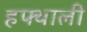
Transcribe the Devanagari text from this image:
हफ्थाली